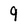
Character: 9